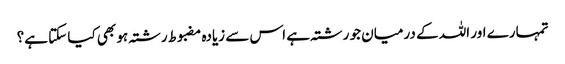
تمہارے اور اللہ کے درمیان جو رشتہ ہے اس سے زیادہ مضبوط رشتہ ہو بھی کیا سکتا ہے؟